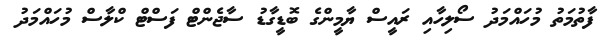
ފާތުމަތު މުހައްމަދު ސޯލިހާއި ރައީސް ޔާމީންގެ ބޮޑީގާޑު ސާޖެންޓް ފަސްޓް ކްލާސް މުހައްމަދު